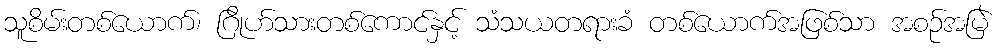
သူစိမ်းတစ်ယောက်၊ ဂြိုဟ်သားတစ်ကောင်နှင့် သံသယတရားခံ တစ်ယောက်အဖြစ်သာ အစဉ်အမြဲ